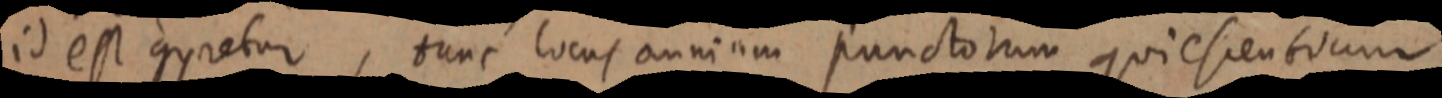
id est congretur, tunc locus omnium punctorum quiescentorum